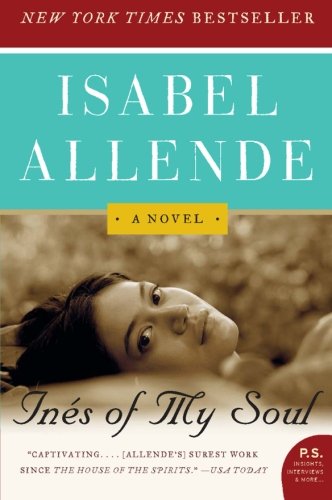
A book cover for Ines of My Soul: A Novel; Isabel Allende; Literature & Fiction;